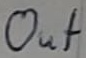
Text: out